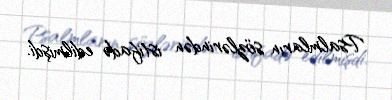
Psalmların sözlərindən istifadə edilmişdi.